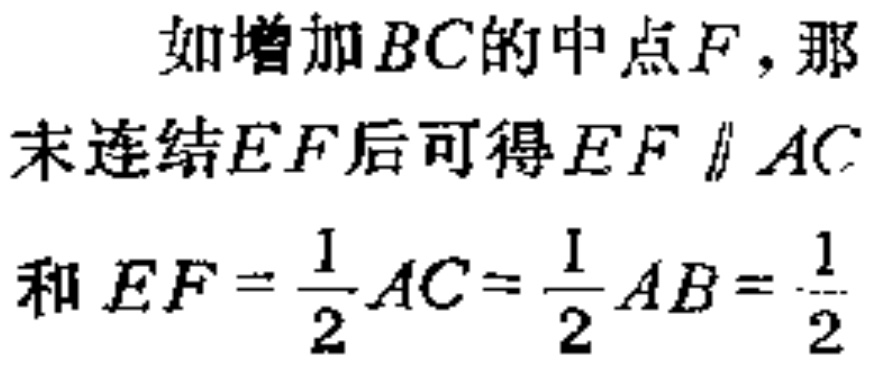
如增加\(BC\)的中点\(F\)，那
末连结\(EF\)后可得\(EF \parallel AC\)
和 \(EF = \dfrac{1}{2}AC=\dfrac{1}{2}AB=\dfrac{1}{2}\)